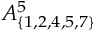
A _ { \{ 1 , 2 , 4 , 5 , 7 \} } ^ { 5 }